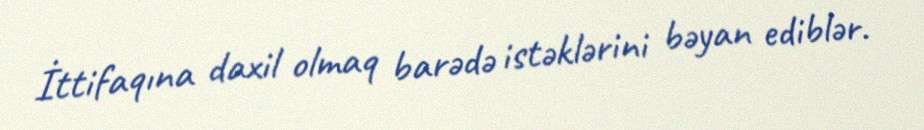
İttifaqına daxil olmaq barədə istəklərini bəyan ediblər.